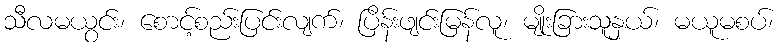
သီလမယွင်း၊ စောင့်စည်းပြင်းလျက်၊ ပြိန်းဖျင်းမြန်လူ၊ မျိုးခြားသူနှယ်၊ မယူမစပ်၊